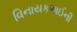
વિનાયકભાઈની